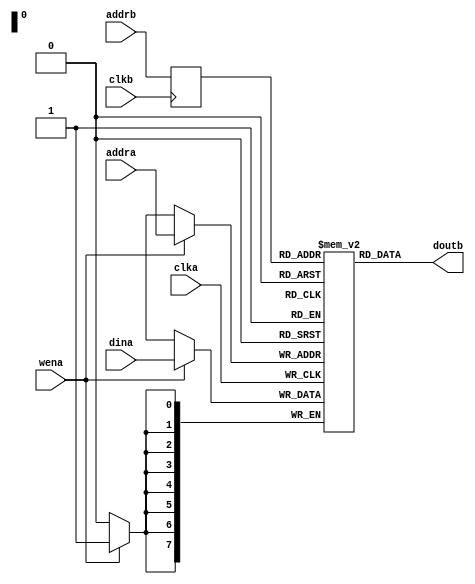
module dpram #(
	parameter aw=8,
	parameter dw=8
) (input clka, clkb, wena,
	input [aw-1:0] addra, addrb,
	input [dw-1:0] dina,
	output [dw-1:0] doutb
);
// minimalist dual-port RAM model, hope most tools can synthesize it
localparam sz=(32'b1<<aw)-1;
reg [dw-1:0] mem[sz:0];
reg [aw-1:0] alb=0;
(* ivl_synthesis_on *)
always @(posedge clka) if (wena) mem[addra] <= dina;
always @(posedge clkb) alb <= addrb;
assign doutb = mem[alb];
(* ivl_synthesis_off *)
initial $display("PASSED");
endmodule